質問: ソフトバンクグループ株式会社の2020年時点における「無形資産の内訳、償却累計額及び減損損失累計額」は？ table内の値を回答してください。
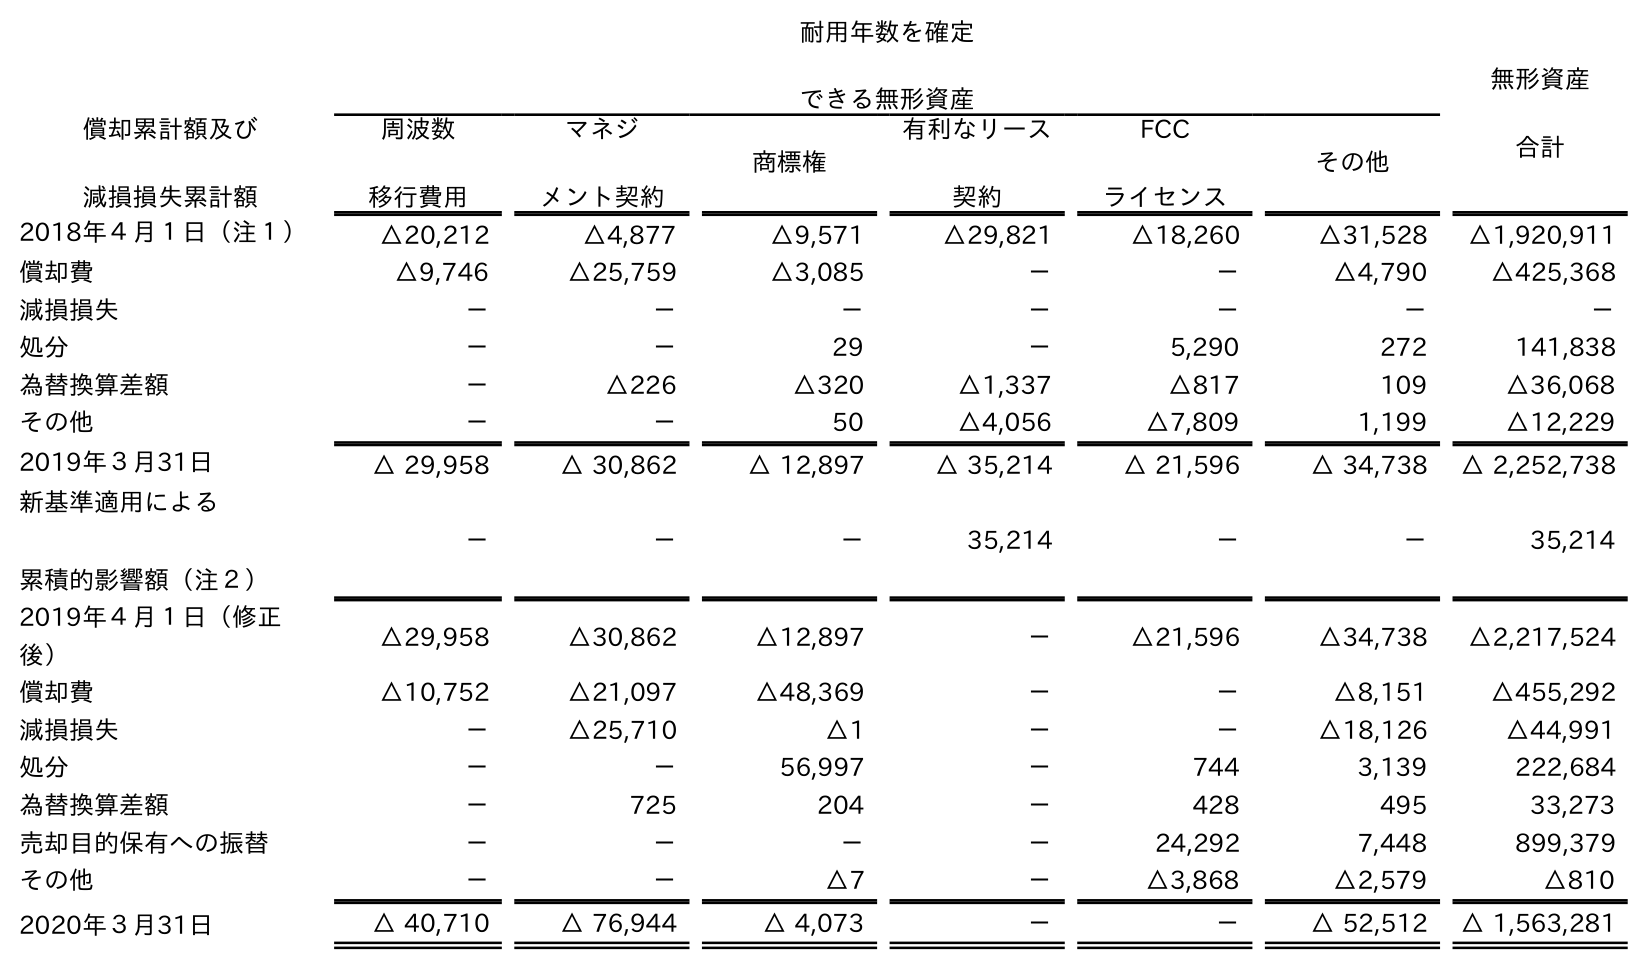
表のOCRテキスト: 耐用年数を確定 できる無形資産 無形資産 合計 償却累計額及び 減損損失累計額 周波数 移行費用 マネジ メント契約 商標権 有利なリース 契約 FCC ライセンス その他 2018年４月１日（注１） △20,212 △4,877 △9,571 △29,821 △18,260 △31,528 △1,920,911 償却費 △9,746 △25,759 △3,085 － － △4,790 △425,368 減損損失 － － － － － － － 処分 － － 29 － 5,290 272 141,838 為替換算差額 － △226 △320 △1,337 △817 109 △36,068 その他 － － 50 △4,056 △7,809 1,199 △12,229 2019年３月31日 △ 29,958 △ 30,862 △ 12,897 △ 35,214 △ 21,596 △ 34,738 △ 2,252,738 新基準適用による 累積的影響額（注２） － － － 35,214 － － 35,214 2019年４月１日（修正 後） △29,958 △30,862 △12,897 － △21,596 △34,738 △2,217,524 償却費 △10,752 △21,097 △48,369 － － △8,151 △455,292 減損損失 － △25,710 △1 － － △18,126 △44,991 処分 － － 56,997 － 744 3,139 222,684 為替換算差額 － 725 204 － 428 495 33,273 売却目的保有への振替 － － － － 24,292 7,448 899,379 その他 － － △7 － △3,868 △2,579 △810 2020年３月31日 △ 40,710 △ 76,944 △ 4,073 － － △ 52,512 △ 1,563,281
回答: △1,563,281